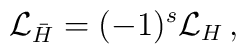
{\cal L}_{\bar{H}} = (-1)^s {\cal L}_{H} \,,